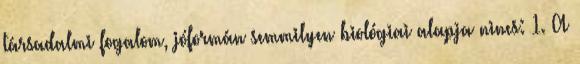
társadalmi fogalom, jóformán semmilyen biológiai alapja nincs: 1. A